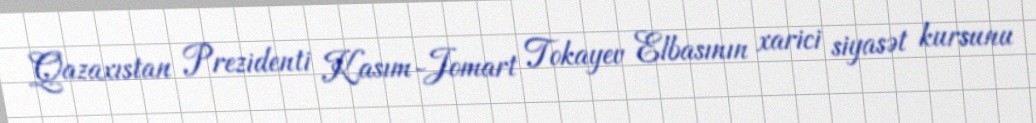
Qazaxıstan Prezidenti Kasım-Jomart Tokayev Elbasının xarici siyasət kursunu